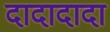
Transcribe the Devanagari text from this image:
दादादादा